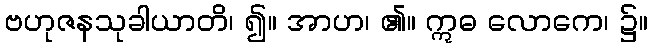
ဗဟုဇနသုခါယာတိ၊ ၍။ အာဟ၊ ၏။ ဣဓ လောကေ၊ ၌။